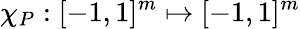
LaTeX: \chi_{P}:[-1,1]^{m}\mapsto[-1,1]^{m}